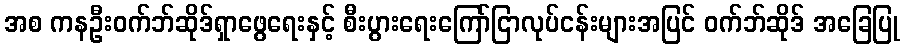
အစ ကနဦးဝက်ဘ်ဆိုဒ်ရှာဖွေရေးနှင့် စီးပွားရေးကြော်ငြာလုပ်ငန်းများအပြင် ဝက်ဘ်ဆိုဒ် အခြေပြု